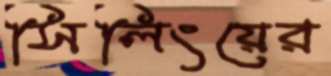
সিলিংয়ের